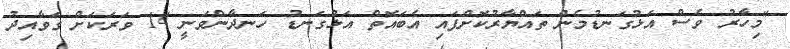
"މިހާރު ވެސް އަޅުގަނޑުމެން ތައްޔާރުކޮށްފައި އެބައޮތް އަޅުގަނޑު ހަނދާންވަނީ 14 ވަރަކަށް ގަވާއިދު